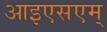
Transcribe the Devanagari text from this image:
आइएसएम्